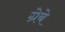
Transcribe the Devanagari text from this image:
ग्रेबे